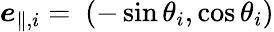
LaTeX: \boldsymbol{e}_{\parallel,i}=~(-\sin\theta_{i},\cos\theta_{i})